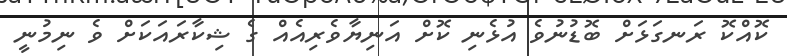
ކޮއްކޮ ރަނގަޅަށް ބޮޑުނުވެ އުޅެނި ކޮށް އަނިޔާވެރިއެއް ގެ ޝިކާރައަކަށް ވެ ނިމުނީ